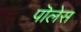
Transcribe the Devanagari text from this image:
पॊलेस